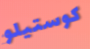
كوستيلو